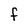
Character: f